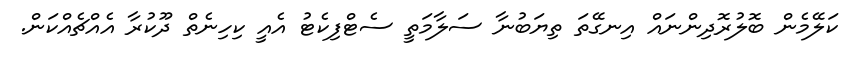
ކަލޭމެން ބޮލުރޮދިންނައް އިނގޭތަ ތިޔަބުނާ ސަލާމަތީ ސެޓްފިކެޓު އެއީ ކިހިނެތް ދޫކުރާ އެއްޗެއްކަން.